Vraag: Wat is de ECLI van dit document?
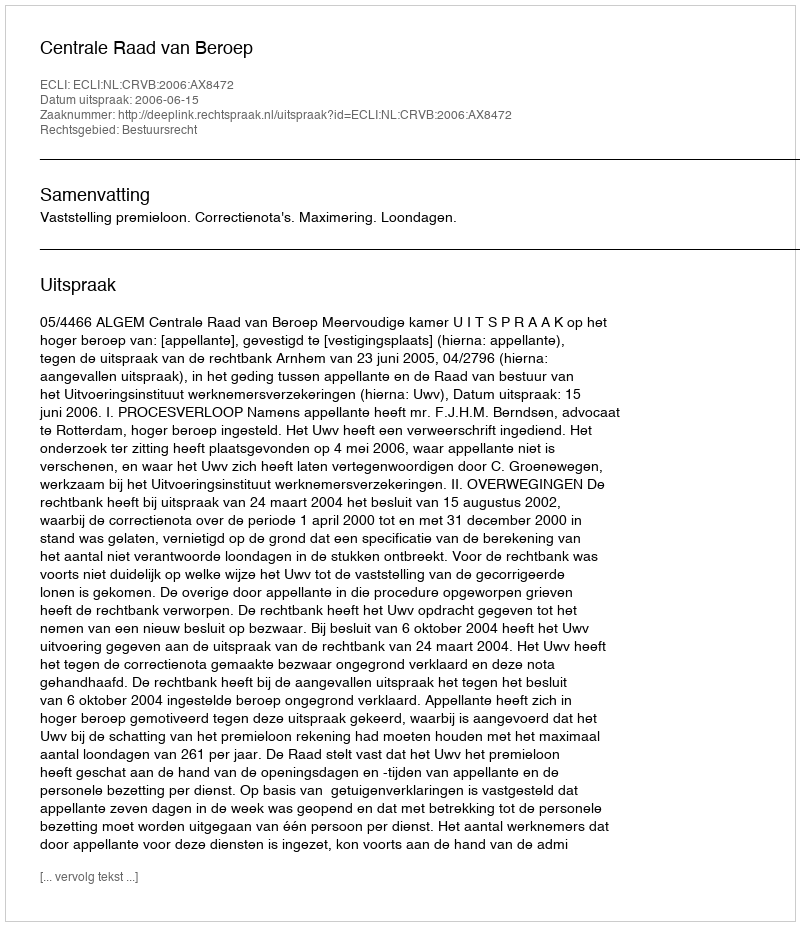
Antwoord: ECLI:NL:CRVB:2006:AX8472